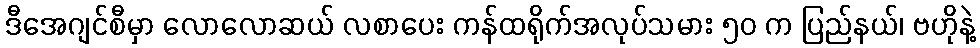
ဒီအေဂျင်စီမှာ လောလောဆယ် လစာပေး ကန်ထရိုက်အလုပ်သမား ၅၀ က ပြည်နယ်၊ ဗဟိုနဲ့